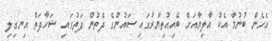
އެހެން ބުނުމާ އެކު އާލިޔާއަށް ބޭއިޙުތިޔާރުގައި ސައުންގެ ދެތުން ފަތުގައި ޝަހާދަތް އިނގިލި